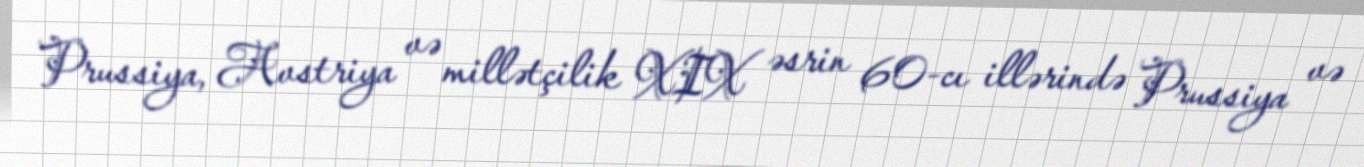
Prussiya, Avstriya və millətçilik XIX əsrin 60-cı illərində Prussiya və